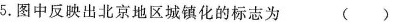
5.图中反映出北京地区城镇化的标志为 ()